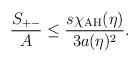
LaTeX: \begin{align*}{S_{+-}\over A} \leq {s \chi_{\rm AH}(\eta)\over 3 a(\eta)^2}.\end{align*}